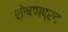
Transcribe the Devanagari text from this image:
शोषणप्रद